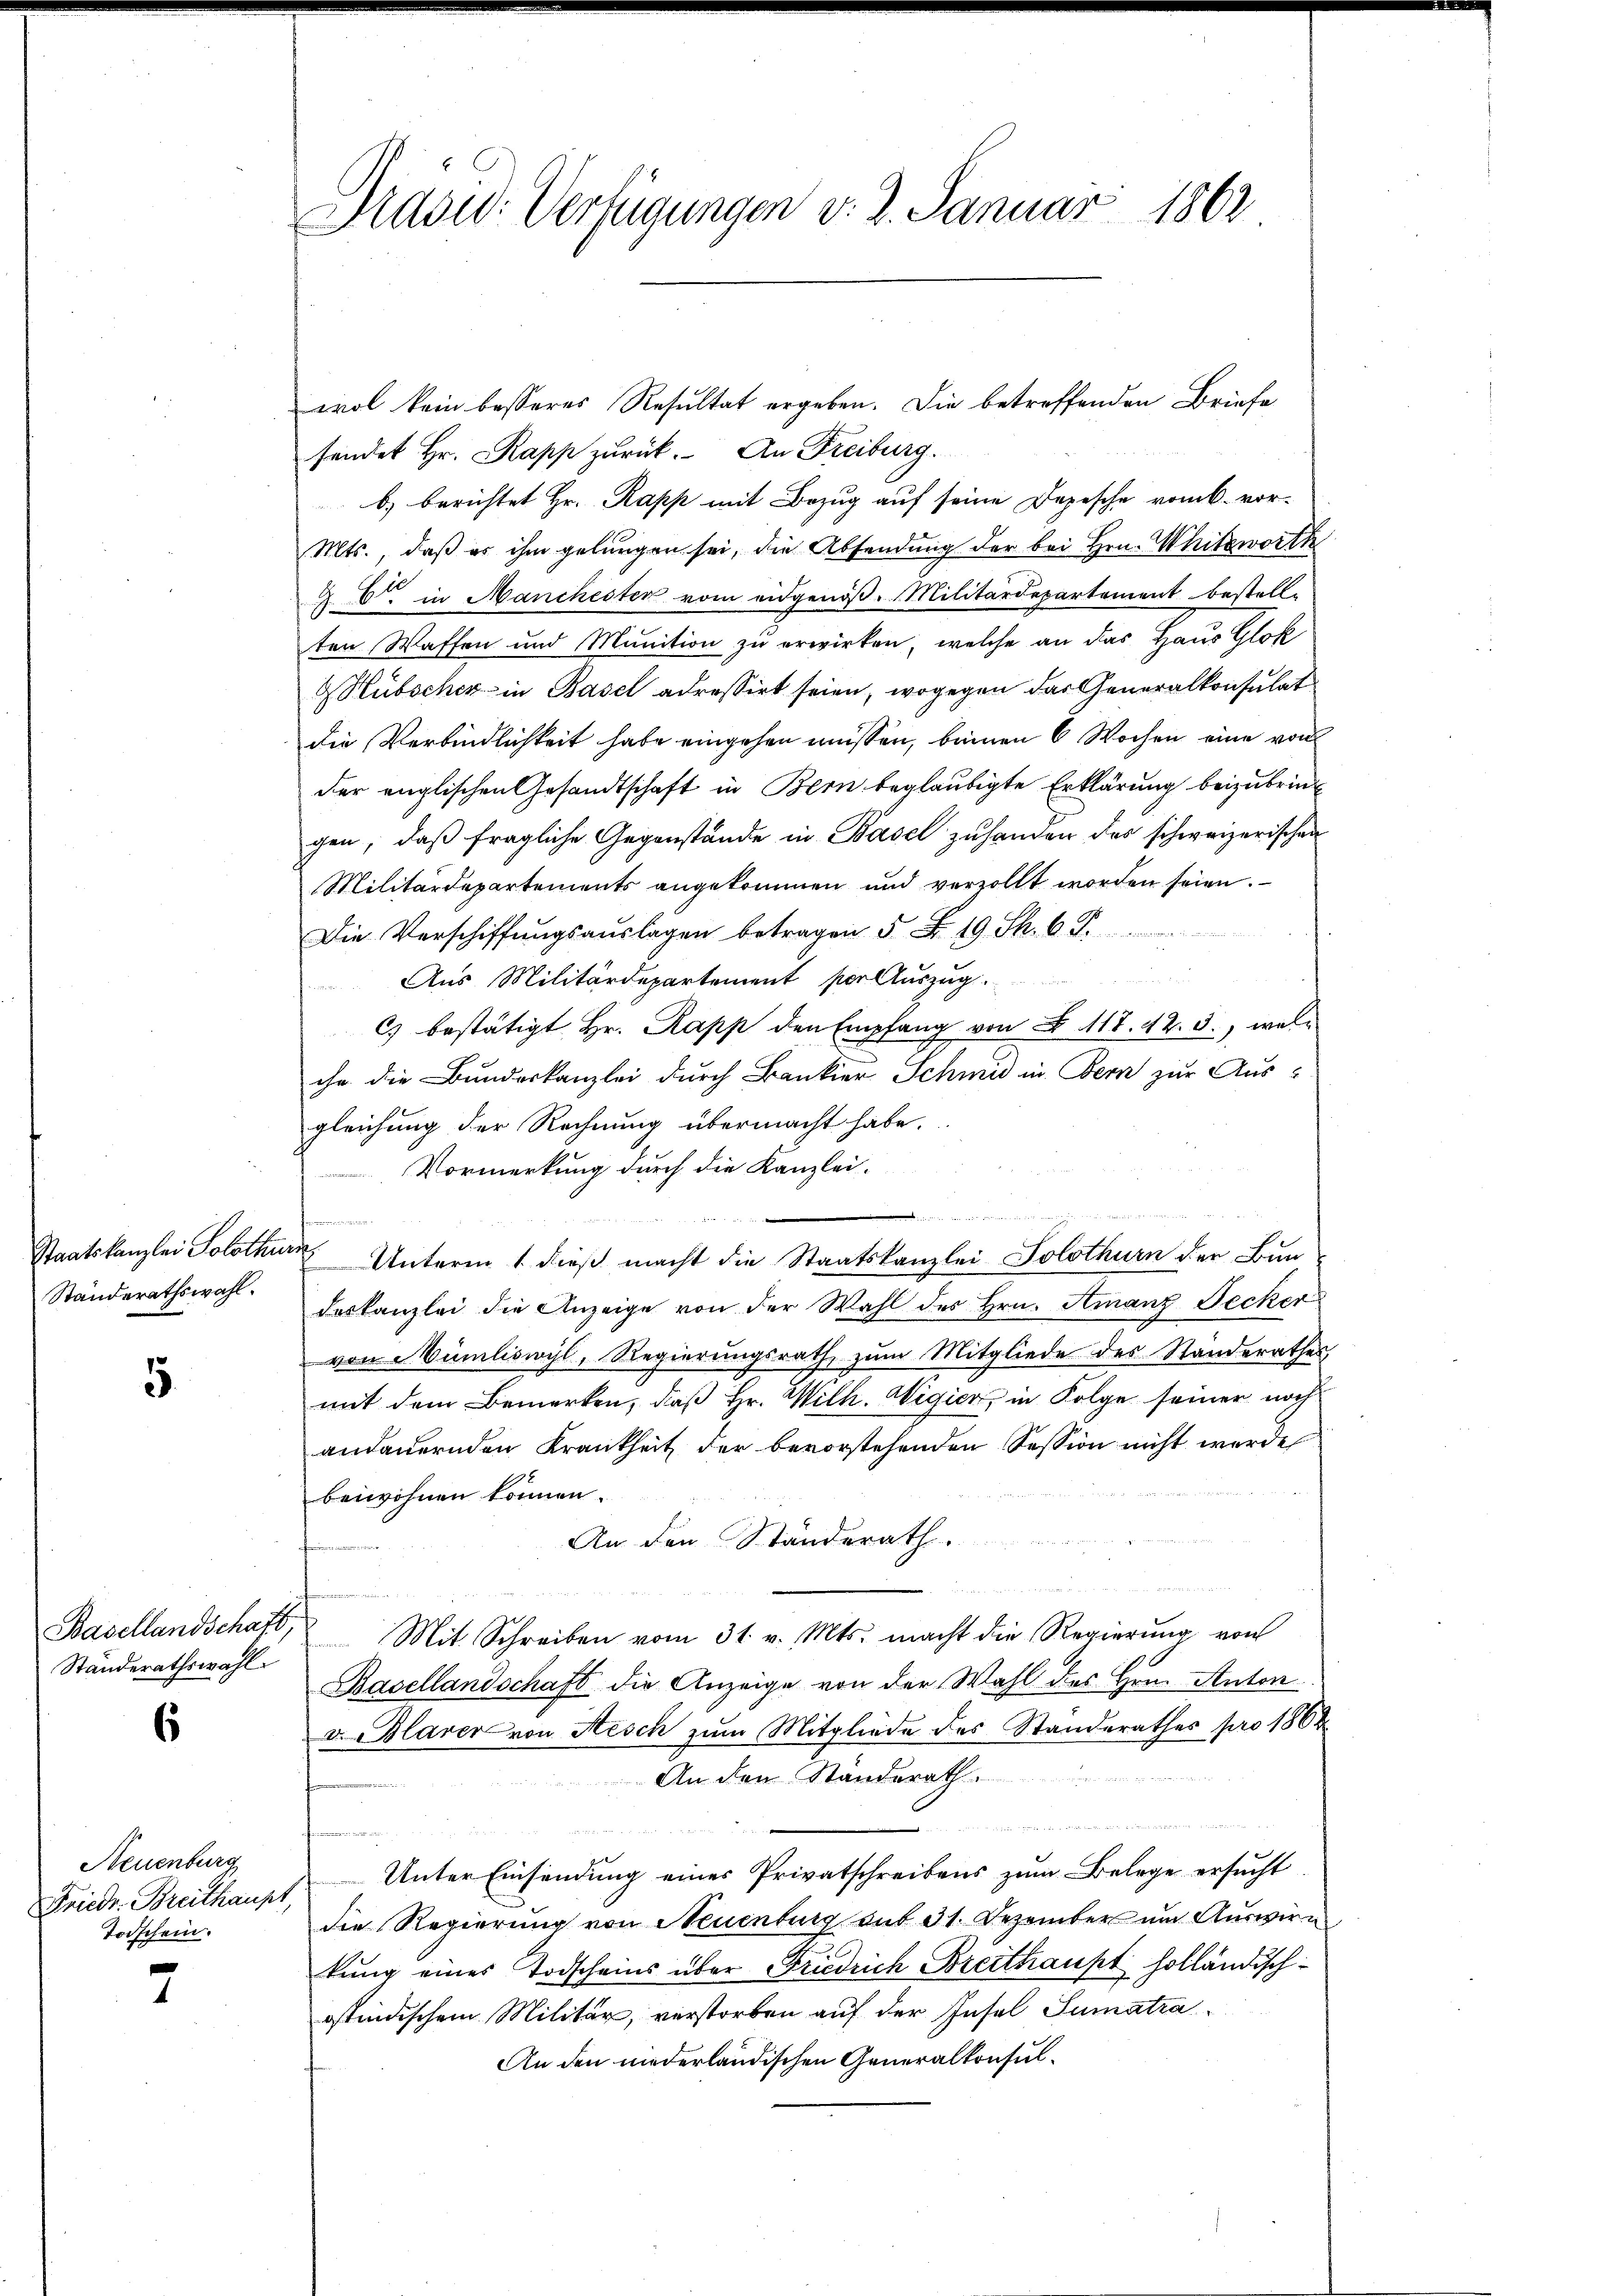
Ständerathswahl.

5

Standerathswahl.

6

Neuenburg
Friedr. Breithaupt,
Todschein.

7

Präsid. Verfügungen v. 3. Januar 1862

wol kein besseres Resultat ergeben. Die betreffenden Briefe
fendet Hr. Rapp zurück. An Freiburg.
b) berichtet Hr. Rapp mit Bezug auf seine Depesche vom 6. vor¬
Mts., daß es ihm gelungen sei, die Absendung der bei Hrn. Whitzwerth
C. in Manchester vom eidgenöß. Militärdepartement bestell-
ten Waffen und Munition zu erwirken, welche an das Haus Glok
Hübschek in Basel adressirt seien, wogegen das Generalkonsulat
die Verbindlichkeit habe eingehen müssen, beinen 6 Wochen eine von
der englischen Gesandtschaft in Bern beglaubigte Erklärung beizubrin
gen, daß fragliche Gegenstände in Basel zu handen des schweizerischen
Militärdepartements angekommen und verzollt worden seien.
Die Verschiffungsauslagen betragen 5 Fr. 19. Ph. 6. F
un
Aus Militärdepartement per Auszug.
C) bestätigt Hr. Rapp den Empfang von § 117. 42. 3., welche die Bundeskanzlei durch Bankier Schmid in Bern zur Ausgleichung der Rechnung übermacht habe.
Vormerkung durch die Kanzlei.
n
e
Staatskanzlei Solothur Unterm 1 dieß macht die Staatskanzlei Solothurn der Bundeskanzlei die Anzeige von der Wahl des Hrn. Amanz Jecker
von Mümliswyl, Regierungsrath zum Mitgliede des Standerathes,
mit dem Bemerken, daß Hr. Wilh. Wigier, in Folge seiner noch
andauernden Krankheit der bevorstehenden Session nicht werde
beiwohnen können.
An den Standerath.
e
Basellandschaft, Mit Schreiben vom 31. v. Mts. macht die Regierŭng von
Basellandschaft die Anzeige von der Wahl des Hrn. Anton
v. Blarer von Aesch zum Mitgliede des Standerathes pro 1862
An den Standerath
u
an die ich die es den der ge
e
Unter Einsendung eines Privatschreibens zum Belege ersucht.
die Regierung von Neuenburg aus 31. Dezember um Auswirtung eines Todscheins über Friedrich Breithaupt holländischostindischem Militär, verstorben auf der Insel Sumatra¬
An den niederländischen Generalkonsul¬